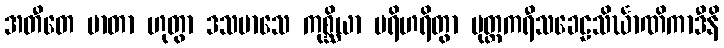
အတီတေ မာတာ ဟုတွာ ဒသမာသေ ကုစ္ဆိယာ ပရိဟရိတွာ မုတ္တကရီသခေဠသိင်္ဃာဏိကာဒီနိ